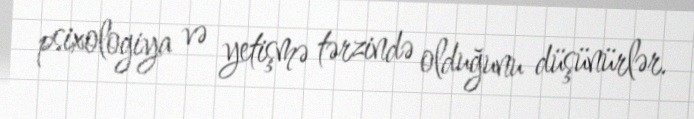
psixologiya və yetişmə tərzində olduğunu düşünürlər.